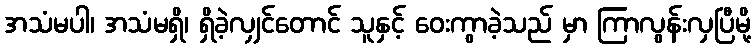
အသံမပါ၊ အသံမရှိ၊ ရှိခဲ့လျှင်တောင် သူနှင့် ဝေးကွာခဲ့သည် မှာ ကြာလွန်းလှပြီမို့